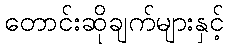
တောင်းဆိုချက်များနှင့်